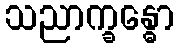
သညာက္ခန္ဓော